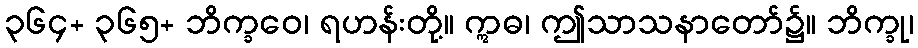
၃၆၄+ ၃၆၅+ ဘိက္ခဝေ၊ ရဟန်းတို့။ ဣဓ၊ ဤသာသနာတော်၌။ ဘိက္ခု၊